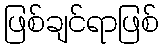
ဖြစ်ချင်ရာဖြစ်